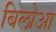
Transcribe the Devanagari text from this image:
बिलोआ